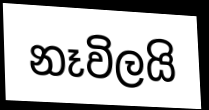
නෑවිලයි